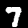
Label: 7